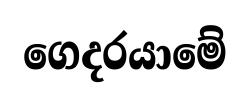
ගෙදරයාමේ